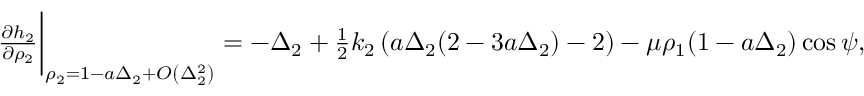
\begin{array} { r } { \frac { \partial h _ { 2 } } { \partial \rho _ { 2 } } \bigg \rvert _ { \rho _ { 2 } = 1 - a \Delta _ { 2 } + O \left( \Delta _ { 2 } ^ { 2 } \right) } = - \Delta _ { 2 } + \frac { 1 } { 2 } k _ { 2 } \left( a \Delta _ { 2 } ( 2 - 3 a \Delta _ { 2 } ) - 2 \right) - \mu \rho _ { 1 } ( 1 - a \Delta _ { 2 } ) \cos { \psi } , } \end{array}